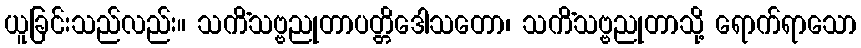
ယူခြင်းသည်လည်း။ သကိံသဗ္ဗညုတာပတ္တိဒေါသတော၊ သကိံသဗ္ဗညုတာသို့ ရောက်ရာသော